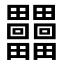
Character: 𤴐